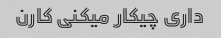
داری چیکار میکنی کارن